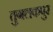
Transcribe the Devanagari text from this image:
तुगलकपुर